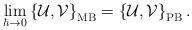
LaTeX: \begin{align*}\lim_{\hbar\to 0}\left\{ {\mathcal{U}},{\mathcal{V}}\right\}_{\mathrm{MB}}=\left\{ {\mathcal{U}}, {\mathcal{V}}\right\}_{\mathrm{PB}}.\end{align*}